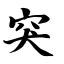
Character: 突